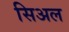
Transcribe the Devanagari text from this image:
सिअल